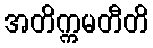
အတိက္ကမတီတိ